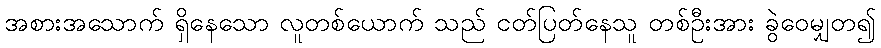
အစားအသောက် ရှိနေသော လူတစ်ယောက် သည် ငတ်ပြတ်နေသူ တစ်ဦးအား ခွဲဝေမျှတ၍